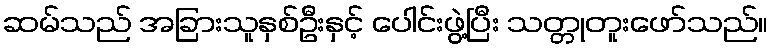
ဆမ်သည် အခြားသူနှစ်ဦးနှင့် ပေါင်းဖွဲ့ပြီး သတ္တုတူးဖော်သည်။